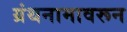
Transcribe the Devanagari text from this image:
ग्रंथनामावरून